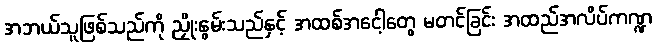
အဘယ်သူဖြစ်သည်ကို ညှိုးနွမ်းသည်နှင့် အထစ်အငေါ့တွေ မတင်ခြင်း အထည်အလိပ်ကဏ္ဍ